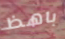
باهظ